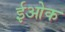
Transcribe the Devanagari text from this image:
ईओक